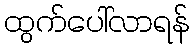
ထွက်ပေါ်လာရန်